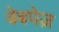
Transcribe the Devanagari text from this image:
वेबपेज़